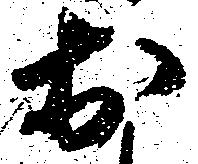
於